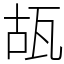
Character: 瓳